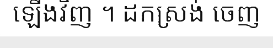
ឡើងវិញ ។ ដកស្រង់ ចេញ